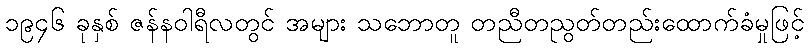
၁၉၄၆ ခုနှစ် ဇန်နဝါရီလတွင် အများ သဘောတူ တညီတညွတ်တည်းထောက်ခံမှုဖြင့်